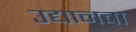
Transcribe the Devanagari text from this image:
उद्यानचा